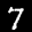
Label: 7